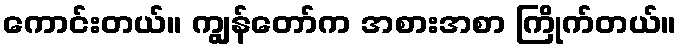
ကောင်းတယ်။ ကျွန်တော်က အစားအစာ ကြိုက်တယ်။